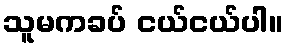
သူမကခပ် ငယ်ငယ်ပါ။